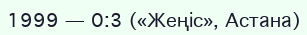
1999 — 0:3 («Жеңіс», Астана)